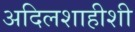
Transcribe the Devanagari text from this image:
अदिलशाहीशी